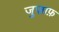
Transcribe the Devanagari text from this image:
जुज़ाफ़